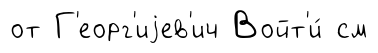
от Г'еорг'иjев'ич Войт'и́ см